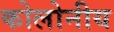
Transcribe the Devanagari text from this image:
कोलोनीय